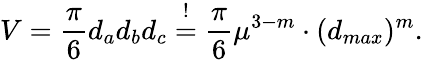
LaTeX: V=\frac{\pi}{6}d_{a}d_{b}d_{c}\overset{!}{=}\frac{\pi}{6}\mu^{3-m}\cdot(d_{max})^{m}.